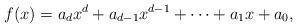
LaTeX: \begin{align*}f(x) = a_dx^d + a_{d-1}x^{d-1}+\dots + a_1x + a_0,\end{align*}